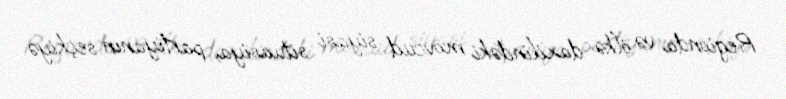
Regionda və ölkə daxilindəki mövcud siyasi situasiya, partiyanın seçkiyə